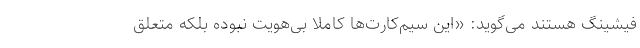
فیشینگ هستند می‌گوید: «این سیم‌کارت‌ها کاملا بی‌هویت نبوده بلکه متعلق